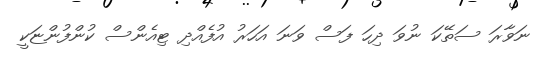
ނަވާރަ ސަތޭކަ ނުވަ ދިހަ ފަސް ވަނަ އަހަރު އުފެއްދި ޓިއެންސް ކުންފުންޏަކީ